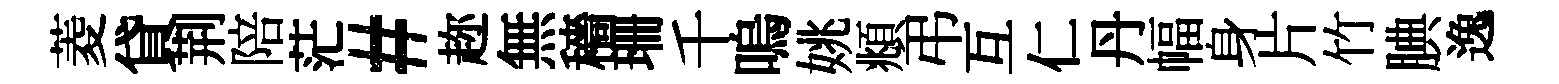
菱貸荆陪茫#趂無穡珊千嗚姚頫弔互仁丹幅身片竹腆逸